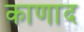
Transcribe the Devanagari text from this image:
काणाद